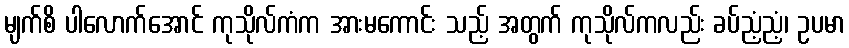
မျက်စိ ပါလောက်အောင် ကုသိုလ်ကံက အားမကောင်း သည့် အတွက် ကုသိုလ်ကလည်း ခပ်ညံ့ညံ့၊ ဥပမာ